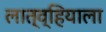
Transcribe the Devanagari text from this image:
लात्व्हियाला